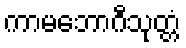
ကာမဘောဂီသုတ္တံ